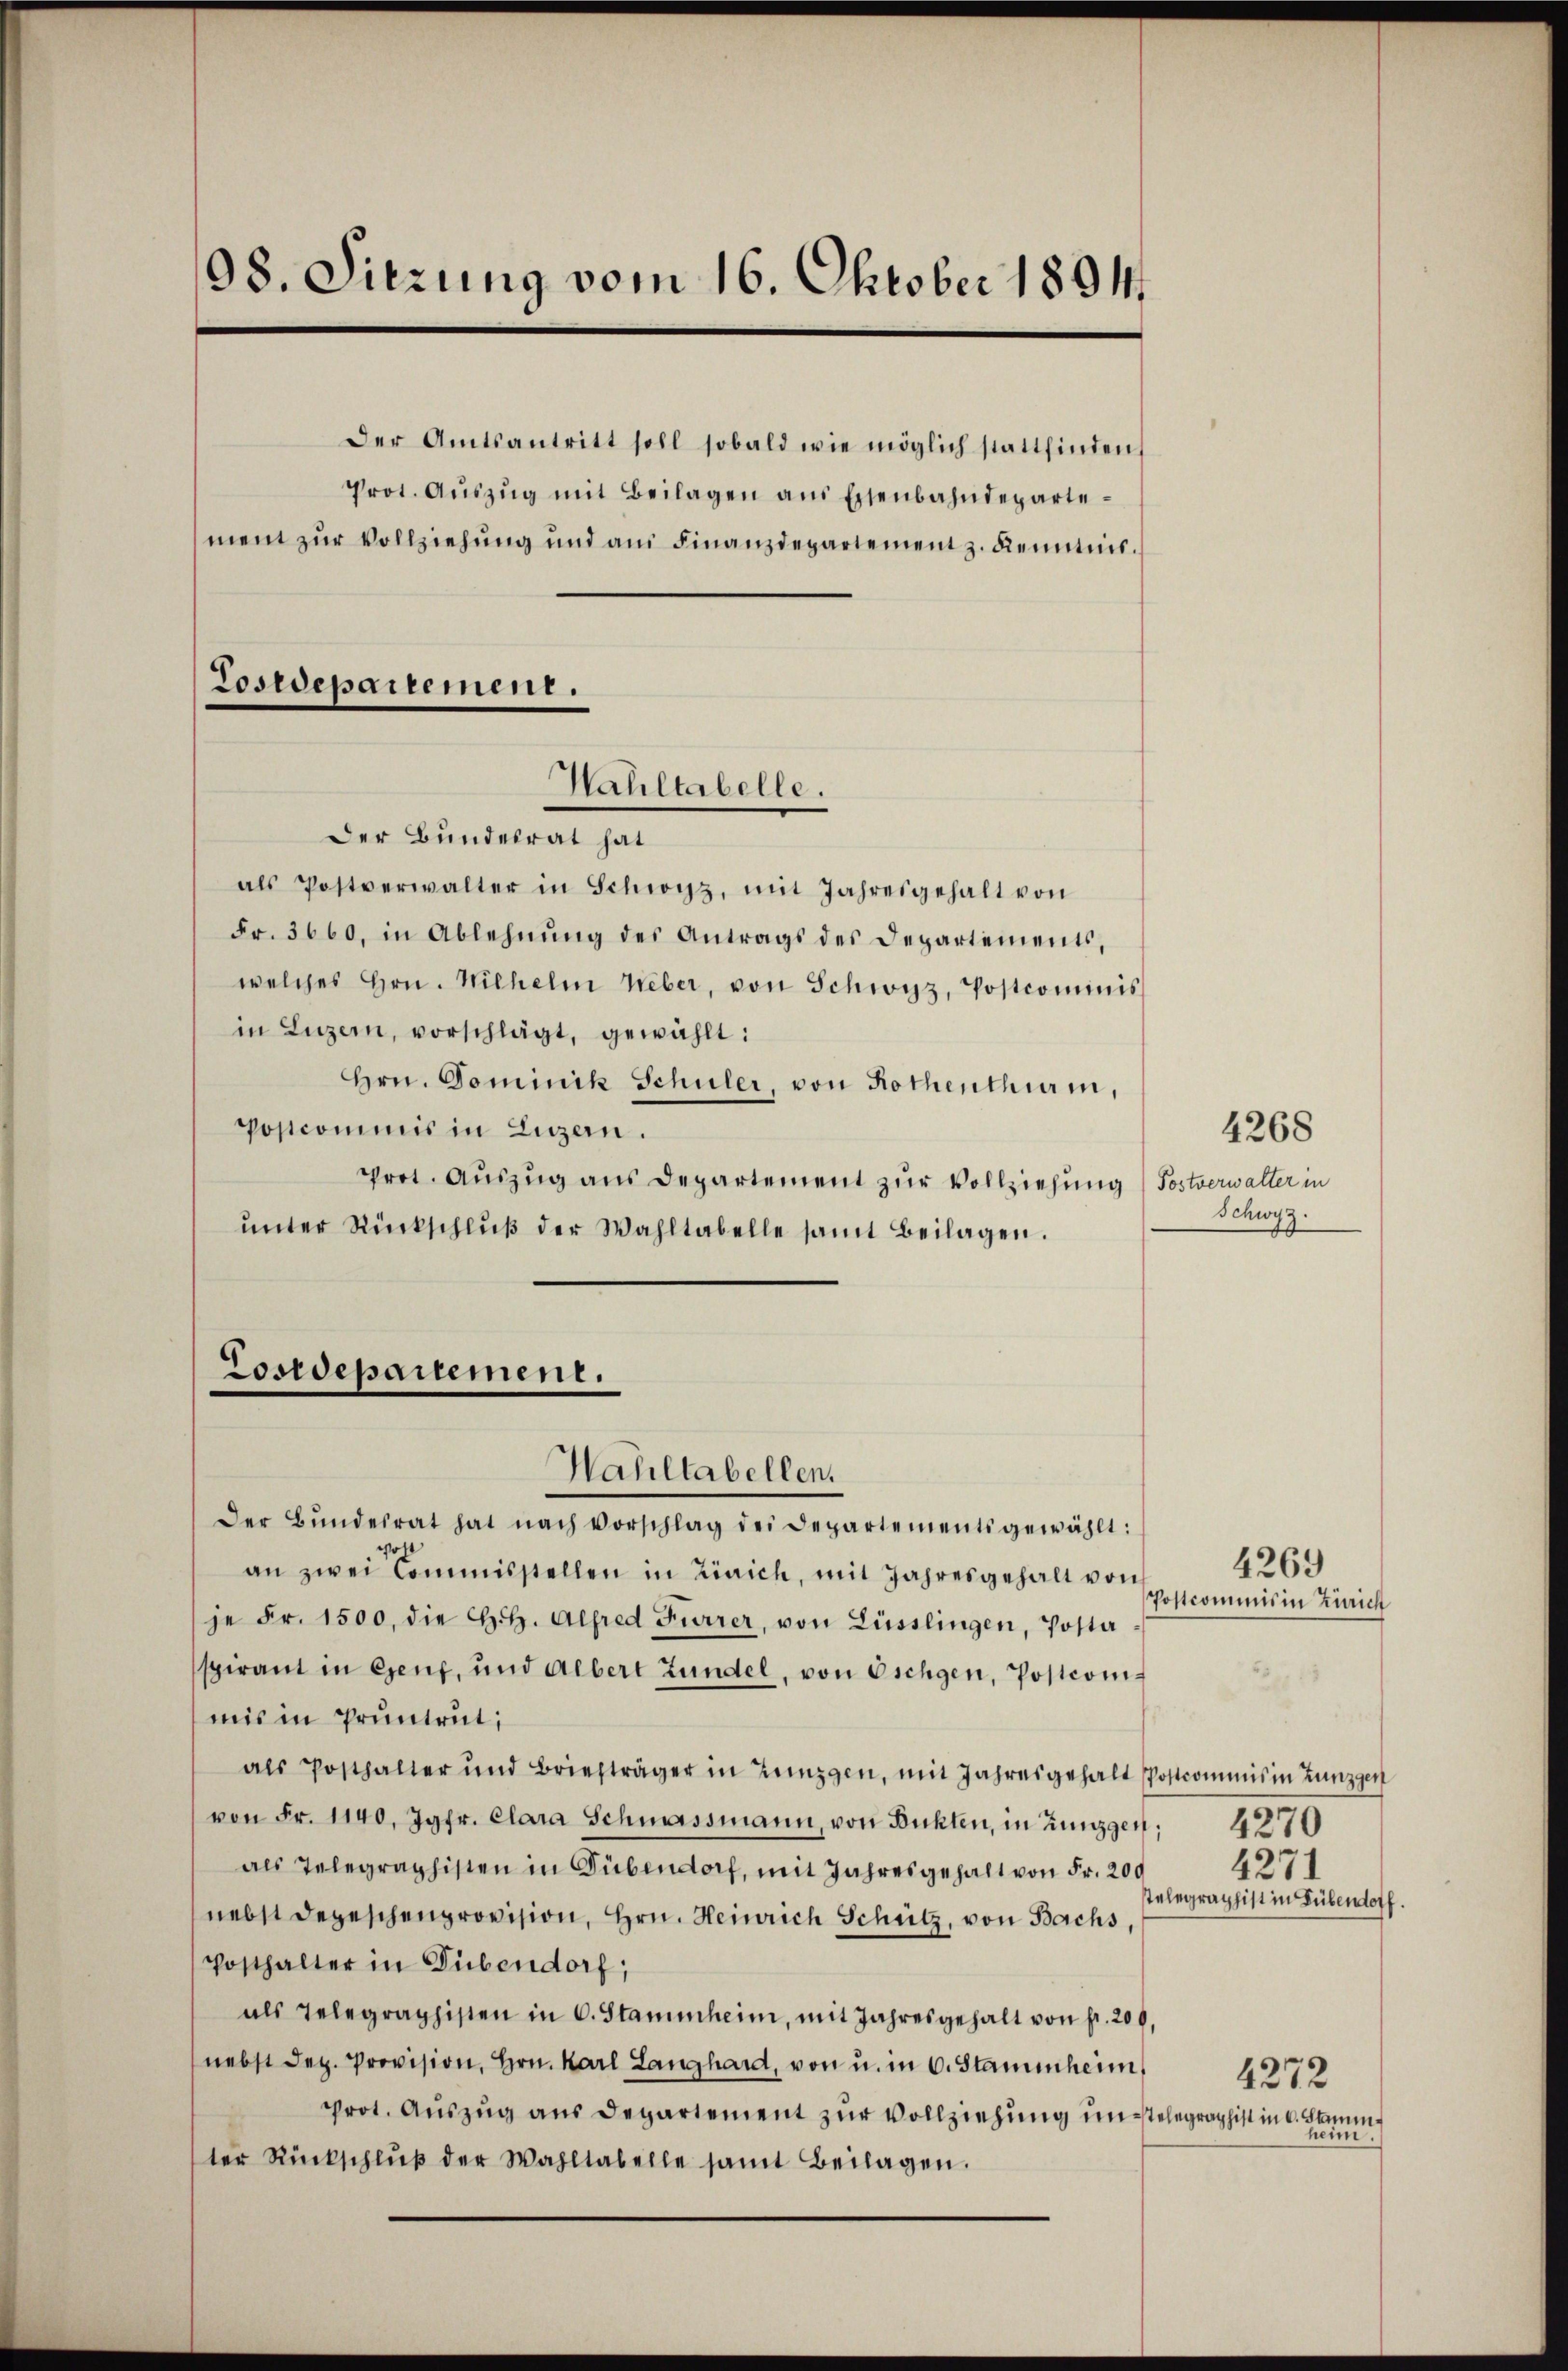
98. Sitzung vom 16. Oktober 1804.

Lostdepartement.

Wahltabelle.

Der Amtsantritt soll sobald wie möglich stattfinden,
Prot. Aŭszŭg mit Beilagen ans Eisenbahndepartement zur Vollziehung und am Finanzdepartement z. Kenntnis.

Der Bunderrat hat
als Postverwalter in Schwyz, mit Jahresgehalt von
Fr. 3660, in Ablehnung des Antrags des Departements,
welches Hrn. Wilhelm Weber, von Schwyz, Postcommis
in Luzern, vorschlägt, gewählt:
Hrn. Dominik Schuler, von Rothenthum,
Postcommis in Luzern.
prot. Auszug aus Departement zur Vollziehung / Postverwalter in
ŭnter Rückschlŭβ der Wahltabelle samt Beilagen.

Losrepartement.
Wahltabellen.

Schwyz.

Der Bŭndesrat hat nach Vorschlag der Departements gewählt:
an zwei Commisstellen in Zürich, mit Jahresgehalt von
je Fr. 1500, die H.H. Alfred Furrer, von Lüsslingen, Posta
spirant in Genf, und Albert Zündel, von Oschgen, Postcommis in Pruntrut,
als Posthalter und Briefträger in Zünzgen, mit Jahresgehalt Postcommis in Zunzgen
von Fr. 1140, Jgfr. Clara Schmassmann, von Bühlen, in Zungen. 4270
als Telegraphisten in Dübendorf, mit Jahresgehalt von Fr. 209
nebst depeschenprovision, Hrn. Heinrich Schütz, von Bachs,
Posthalter in Dübendorf,
als Telegraphisten in 6. Stammheim, mit Jahresgehalt von fr. 200.
nebst Sep. Provision, Hrn. Karl Langhard, von u. in 6. Stammheim,
prot. Auszug aus Departement zur Vollziehung im Telegraphist in 6. Stamm
ter Rückschlŭβ der Wahltabelle samt Beilagen.

4268

Postcommis in Zürich

4269

4271
elegraphist in Dübendorf.

4272
heim.